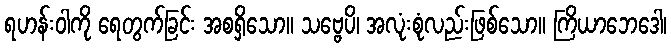
ရဟန်းဝါကို ရေတွက်ခြင်း အစရှိသော။ သဗ္ဗေပိ၊ အလုံးစုံလည်းဖြစ်သော။ ကြိယာဘေဒေါ၊